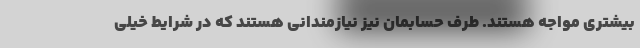
بیشتری مواجه هستند. طرف حسابمان نیز نیازمندانی هستند که در شرایط خیلی